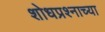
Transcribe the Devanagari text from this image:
शोधप्रश्नाच्या